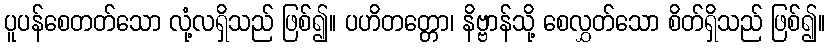
ပူပန်စေတတ်သော လုံ့လရှိသည် ဖြစ်၍။ ပဟိတတ္တော၊ နိဗ္ဗာန်သို့ စေလွှတ်သော စိတ်ရှိသည် ဖြစ်၍။